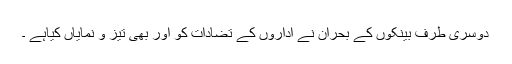
دوسری طرف بینکوں کے بحران نے اداروں کے تضادات کو اور بھی تیز و نمایاں کیاہے ۔